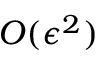
O ( \epsilon ^ { 2 } )